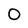
Character: 0